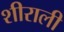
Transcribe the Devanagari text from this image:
शीराली